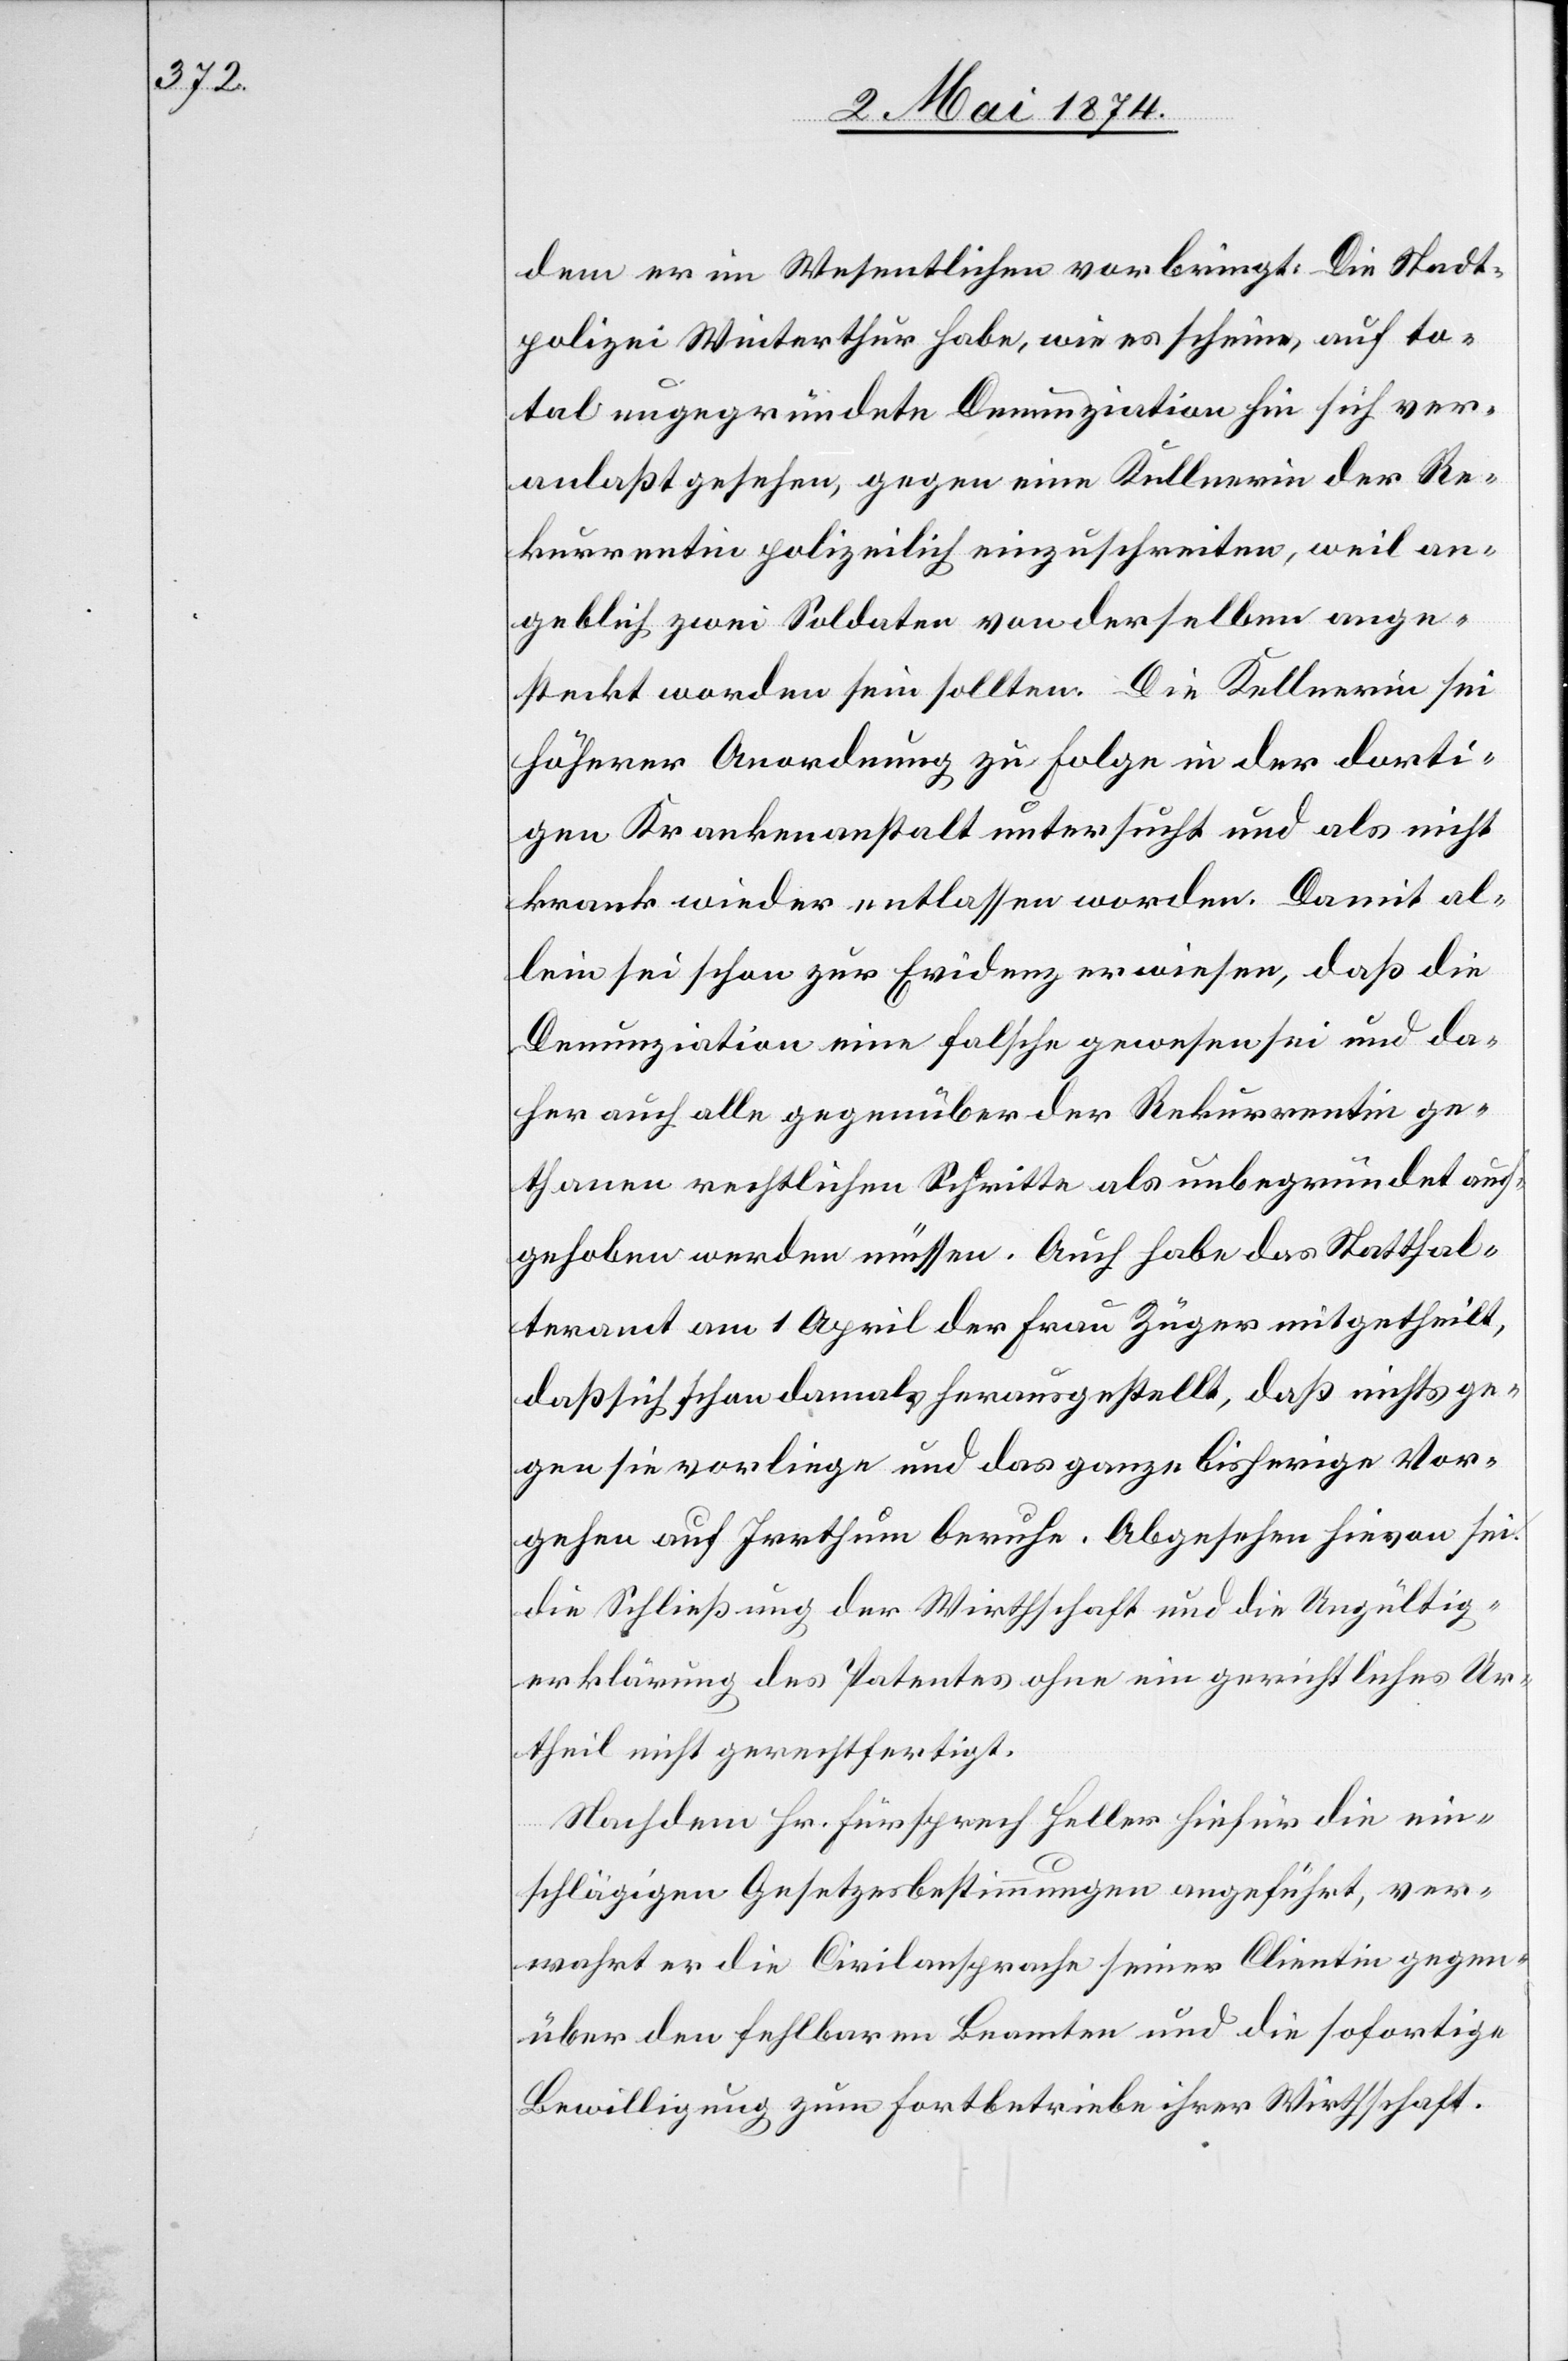
dem er im Wesentlichen vorbringt: Die Stadt¬
polizei Winterthur habe, wie es scheine, auf to¬
tal ungegründete Denunziation hin sich ver¬
anlaßt gesehen, gegen eine Kellnerin der Re¬
kurrentin polizeilich einzuschreiten, weil an¬
geblich zwei Soldaten von derselben ange¬
steckt worden sein sollten. Die Kellnerin sei
höherer Anordnung zu Folge in der dorti¬
gen Krankenanstalt untersucht und als nicht
krank wieder entlassen worden. Damit al¬
lein sei schon zur Evidenz erwiesen, daß die
Denunziation eine falsche gewesen sei und da¬
her auch alle gegenüber der Rekurrentin ge¬
thanen rechtlichen Schritte als unbegründet auf¬
gehoben werden müssen. Auch habe das Statthal¬
teramt am 1. April der Frau Züger mitgetheilt,
daß sich schon damals herausgestellt, daß nichts ge¬
gen sie vorliege und das ganze bisherige Vor¬
gehen auf Irrthum beruhe. Abgesehen hievon sei
die Schließung der Wirthschaft und die die Ungültig¬
erklärung des Patentes ohne ein gerichtliches Ur¬
theil nicht gerechtfertigt.
Nachdem Hr. Fürsprech Heller hiefür die ein¬
schlägigen Gesetzesbestimmungen angeführt, ver¬
wahrt er die Civilansprache seiner Clientin gegen¬
über den fehlbaren Beamten und die sofortige
Bewilligung zum Fortbetriebe ihrer Wirtschaft.